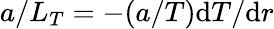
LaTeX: a/L_{T}=-(a/T)\mathrm{d}T/\mathrm{d}r